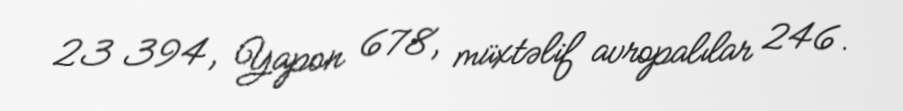
23 394, Yapon 678, müxtəlif avropalılar 246.